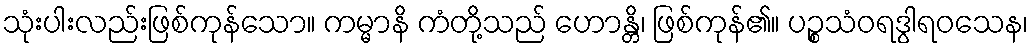
သုံးပါးလည်းဖြစ်ကုန်သော။ ကမ္မာနိ ကံတို့သည် ဟောန္တိ၊ ဖြစ်ကုန်၏။ ပဉ္စသံဝရဒွါရဝသေန၊